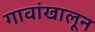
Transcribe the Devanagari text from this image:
गावांखालून